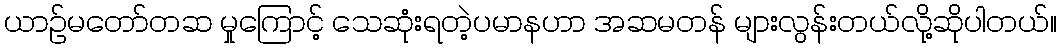
ယာဉ်မတော်တဆ မှုကြောင့် သေဆုံးရတဲ့ပမာနဟာ အဆမတန် များလွန်းတယ်လို့ဆိုပါတယ်။